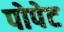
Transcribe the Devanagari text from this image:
पोपेट